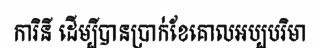
ការិនី ដើម្បីបានប្រាក់ខែគោលអប្បបរិមា